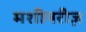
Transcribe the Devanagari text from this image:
मशीनरीज़